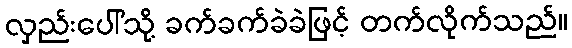
လှည်းပေါ်သို့ ခက်ခက်ခဲခဲဖြင့် တက်လိုက်သည်။